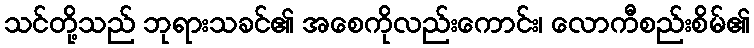
သင်တို့သည် ဘုရားသခင်၏ အစေကိုလည်းကောင်း၊ လောကီစည်းစိမ်၏